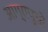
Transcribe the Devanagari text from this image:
आग्रापुरते